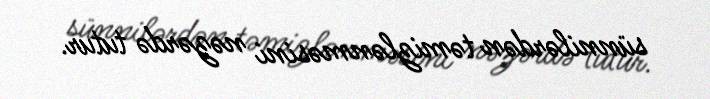
sünnilərdən təmizlənməsini nəzərdə tutur.